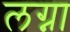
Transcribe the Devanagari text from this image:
लग्ना